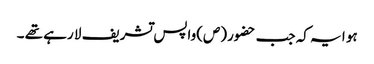
ہو ا یہ کہ جب حضور(ص)واپس تشریف لا رہے تھے ۔